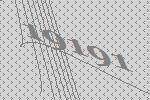
19191